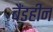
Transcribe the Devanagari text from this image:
बैंडहीन